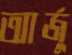
আর্জু